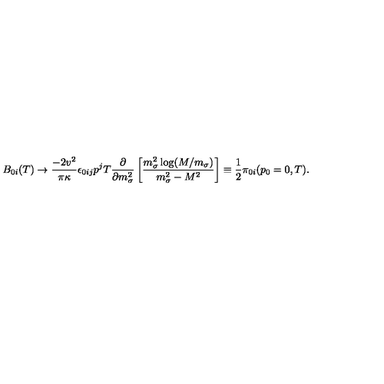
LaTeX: B _ { 0 i } ( T ) \rightarrow \frac { - 2 v ^ { 2 } } { \pi \kappa } \epsilon _ { 0 i j } p ^ { j } T \frac { \partial } { \partial m _ { \sigma } ^ { 2 } } \left[ \frac { m _ { \sigma } ^ { 2 } \log ( M / m _ { \sigma } ) } { m _ { \sigma } ^ { 2 } - M ^ { 2 } } \right] \equiv \frac { 1 } { 2 } { \cal { \pi } } _ { 0 i } ( p _ { 0 } = 0 , T ) .